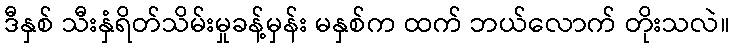
ဒီနှစ် သီးနှံရိတ်သိမ်းမှုခန့်မှန်း မနှစ်က ထက် ဘယ်လောက် တိုးသလဲ။